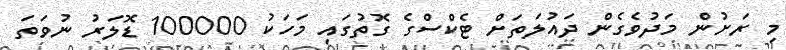
މި ރަށުން މަދުވެގެން ދައުލަތަށް ޓެކްސްގެ ގޮތުގައި މަހަކު 100000 ޑޮލަރު ނުވަތަ